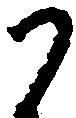
か